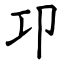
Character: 卭